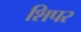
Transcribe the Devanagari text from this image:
शिपर